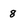
Character: 8